Vaccination United Provinces of Agra and Oudh 1902-1913 - 1902-1913
Year: 1902
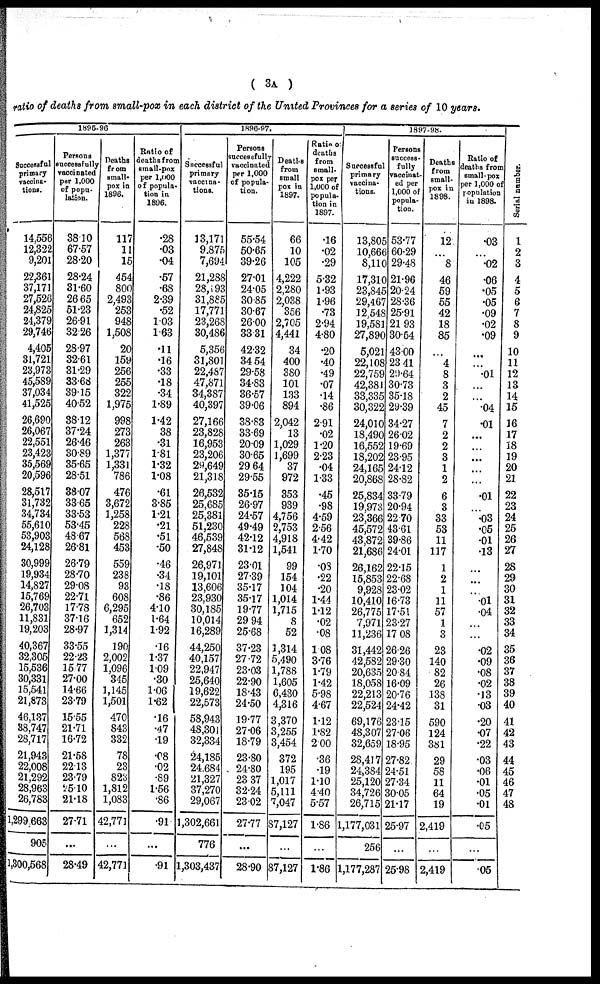
( 3A )
ratio of deaths from small-pox in each district of the United Provinces for a series of 10 years.
1896-96
Successful
primary
vaccina-
tions.
14,556
12,322
9,201
22,361
37,171
27,526
24,825
24,379
29,746
4,405
31,721
23,973
45,589
37,034
41,525
26,690
26,067
22,551
23,423
35,569
20,596
28,517
31,732
34,734
55,610
53,903
24,128
30,999
19,934
14,827
15,769
26,703
11,831
19,203
40,367
32,305
15,536
30,331
15,541
21,873
46,137
38,747
28,717
21,943
22,008
21,292
28,963
26,783
1,299,663
905
1,300,568
Persons
successfully
vaccinated
per 1,000
of popu-
lation.
38.10
67.57
28.20
28.24
31.60
26.65
51.23
26.91
32.26
28.97
32.61
31.29
33.68
39.15
40.52
38.12
37.24
26.46
30.89
35.65
28.51
38.07
33.65
33.53
53.45
48.67
26.81
26.79
28.70
29.08
22.71
17.78
37.16
28.97
33.55
22.23
15.77
27.00
14.66
23.79
15.55
21.71
16.72
21.58
22.13
23.79
25.10
21.18
27.71
...
28.49
Deaths
from
small-
pox in
1896.
117
11
15
454
800
2,493
253
948
1,508
20
159
256
255
322
1,975
998
273
263
1,377
1,331
786
476
3,672
1,258
228
568
453
559
238
93
608
6,295
652
1,314
190
2,002
1,096
345
1,145
1,501
470
843
332
78
23
823
1,812
1,083
42,771
...
42,771
Ratio of
deaths from
small-pox
per 1,000
of popula-
tion in
1896.
.28
.03
.04
.57
.68
2.39
.52
1.03
1.63
.11
.16
.33
.18
.34
1.89
1.42
38
.31
1.81
1.32
1.08
.61
3.85
1.21
.21
.51
.50
.46
.34
.18
.86
4.10
1.64
1.92
.16
1.37
1.09
.30
1.06
1.62
.16
.47
.19
.08
.02
.89
1.56
.86
.91
...
.91
1896-97.
Successful
primary
vaccina-
tions.
13,171
9,875
7,694
21,288
28,193
31,885
17,771
23,268
30,486
5,356
31,801
22,487
47,871
34,387
40,397
27,166
23,828
16,953
23,206
29,649
21,318
26,532
25,685
25,381
51,230
46,539
27,848
26,971
19,101
13,606
23,930
30,185
10,014
16,289
44,250
40,157
22,947
25,640
19,622
22,573
58,943
48,301
32,334
24,185
24,684
21,327
37,270
29,067
1,302,661
776
1,303,437
Persons
successfully
vaccinated
per 1,000
of popula-
tion.
55.54
50.65
39.26
27.01
24.05
30.85
30.67
26.00
33.31
42.32
34.54
29.58
34.83
36.57
39.06
38.83
33.69
20.09
30.65
29.64
29.55
35.15
26.97
24.57
49.49
42.12
31.12
23.01
27.39
35.17
35.17
19.77
29.94
25.68
37.23
27.72
23.03
22.90
18.43
24.50
19.77
27.06
18.79
23.80
24.80
23.37
32.24
23.02
27.77
...
28.90
Deaths
from
small
pox in
1897.
66
10
105
4,222
2,280
2,038
356
2,705
4,441
34
400
380
101
133
894
2,042
13
1,029
1,699
37
972
353
939
4,756
2,753
4,918
1,541
99
154
104
1,014
1,715
8
52
3,314
5,490
1,788
1,605
6,430
4,316
3,370
3,255
3,454
372
195
1,017
5,111
7,047
87,127
...
87,127
Ratio of
deaths
from
small-
pox per
1,000 of
popula-
tion in
1897.
.16
.02
.29
5.32
1.93
1.96
.73
2.94
4.80
.20
.40
.49
.07
.14
.86
2.91
.02
1.20
2.23
.04
1.33
.45
.98
4.59
2.56
4.42
1.70
.08
.22
.20
1.44
1.12
.02
.08
1.08
3.76
1.79
1.42
5.98
4.67
1.12
1.82
2.00
.36
.19
1.10
4.40
5.57
1.86
...
1.86
1897-98.
Successful
primary
vaccina-
tions.
13,805
10,666
8,110
17,310
23,845
29,467
12,548
19,581
27,890
5,021
22,108
22,759
42,381
33,335
30,322
24,010
18,490
16,552
18,202
24,165
20,868
25,834
19,973
23,366
45,572
43,872
21,686
26,162
15,853
9,928
10,410
26,775
7,971
11,236
31,442
42,582
20,635
18,058
22,213
22,524
69,176
48,307
32,659
28,417
24,384
25,120
34,726
26,715
1,177,031
256
1,177,287
Persons
success-
fully
vaccinat-
ed per
1,000 of
popula-
tion.
53.77
60.29
29.48
21.96
20.24
28.36
25.91
21.93
30.54
43.00
23.41
29.64
30.73
35.18
29.39
34.27
26.02
19.69
23.95
24.12
28.82
33.79
20.94
22.70
43.61
39.86
24.01
22.15
22.68
23.02
16.73
17.51
23.27
17.08
26.26
29.30
20.84
16.09
20.76
24.42
23.15
27.06
18.95
27.82
24.51
27.34
30.05
21.17
25.97
...
25.98
Deaths
from
small-
pox in
1898.
12
...
8
46
59
55
42
18
85
...
4
8
3
2
45
7
2
2
3
1
2
6
3
33
53
11
117
1
2
1
11
57
1
3
23
140
82
26
138
31
590
124
381
29
58
11
64
19
2,419
...
2,419
Ratio of
deaths from
small-pox
per 1,000 of
population
in 1898.
.03
...
.02
.06
.05
.05
.09
.02
.09
...
...
.01
...
...
.04
.01
...
...
...
...
...
.01
...
.03
.05
.01
.13
...
...
...
.01
.04
...
...
.02
.09
.08
.02
.13
.03
.20
.07
.22
.03
.06
.01
.05
.01
.05
...
.05
Serial number.
1
2
3
4
5
6
7
8
9
10
11
12
13
14
15
16
17
18
19
20
21
22
23
24
25
26
27
28
29
30
31
32
33
34
35
36
37
38
39
40
41
42
43
44
45
46
47
48